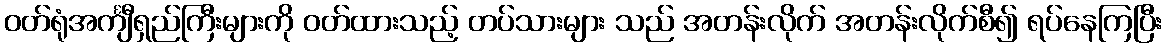
ဝတ်ရုံအင်္ကျီရှည်ကြီးများကို ဝတ်ထားသည့် တပ်သားများ သည် အတန်းလိုက် အတန်းလိုက်စီ၍ ရပ်နေကြပြီး